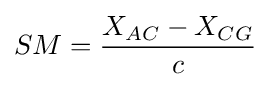
SM={X_{AC}-X_{CG} \over c}